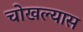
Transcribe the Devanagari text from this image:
चोखल्यास